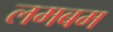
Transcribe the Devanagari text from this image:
लमबम